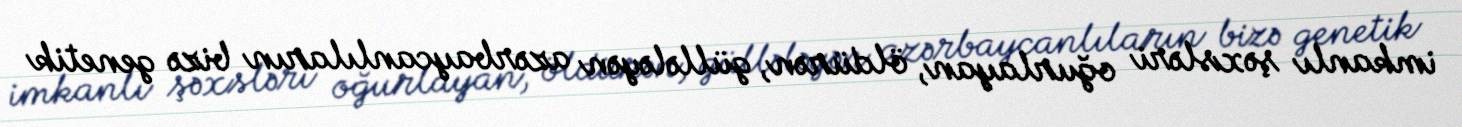
imkanlı şəxsləri oğurlayan, öldürən, güllələyən azərbaycanlıların bizə genetik